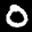
Label: 0